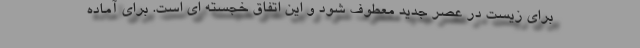
برای زیست در عصر جدید معطوف شود و این اتفاق خجسته ای است. برای آماده